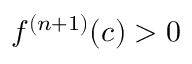
f ^ { ( n + 1 ) } ( c ) > 0